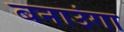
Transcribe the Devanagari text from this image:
बनाउंगा